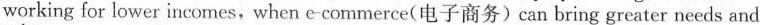
working for lower incomes, when e-commerce(电子商务)can bring greater needs and